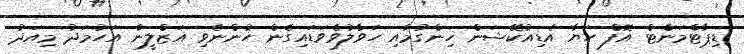
ޑިޕާޓްމަންޓް އޮފް ހަޔާ އެޑިއުކޭޝަން ހިންގުމާއި ހަވާލުވެވަޑައިގެން ހުންނެވި އަޒްލީން އަހުމަދު މިއަދު